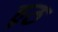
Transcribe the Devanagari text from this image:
हुठ